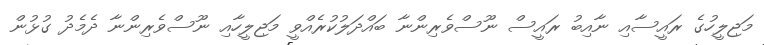
މަޖިލީހުގެ ރައީސާއި ނާއިބު ރައީސް ނޫސްވެރިންނާ ބައްދަލުކުރެއްވީ މަޖިލީހާއި ނޫސްވެރިންނާ ދެމެދު ގުޅުން